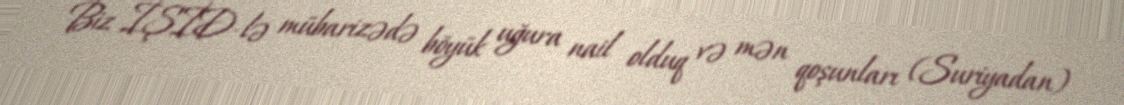
Biz İŞİD-lə mübarizədə böyük uğura nail olduq və mən qoşunları (Suriyadan)